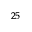
^ { 2 5 }